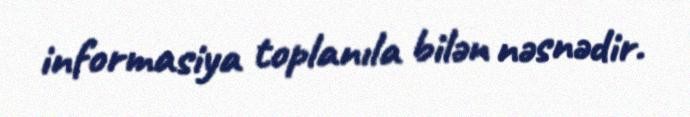
informasiya toplanıla bilən nəsnədir.